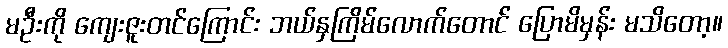
မဦးကို ကျေးဇူးတင်ကြောင်း ဘယ်နှကြိမ်လောက်တောင် ပြောမိမှန်း မသိတော့။